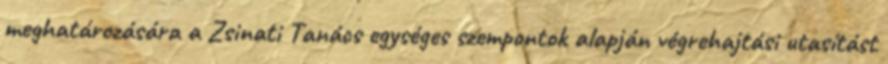
meghatározására a Zsinati Tanács egységes szempontok alapján végrehajtási utasítást